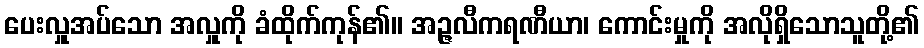
ပေးလှူအပ်သော အလှူကို ခံထိုက်ကုန်၏။ အဉ္ဇလီကရဏီယာ၊ ကောင်းမှုကို အလိုရှိသောသူတို့၏